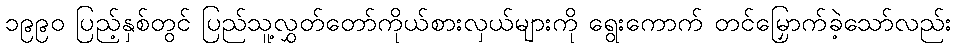
၁၉၉၀ ပြည့်နှစ်တွင် ပြည်သူ့လွှတ်တော်ကိုယ်စားလှယ်များကို ရွေးကောက် တင်မြှောက်ခဲ့သော်လည်း